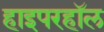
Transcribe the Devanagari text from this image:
हाइपरहॉल